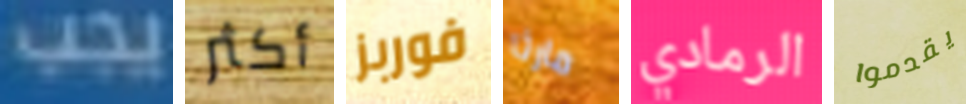
يجب أكثر فوربز مارثا الرمادي يقدموا